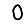
Digit: 0